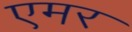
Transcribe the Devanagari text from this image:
एमर